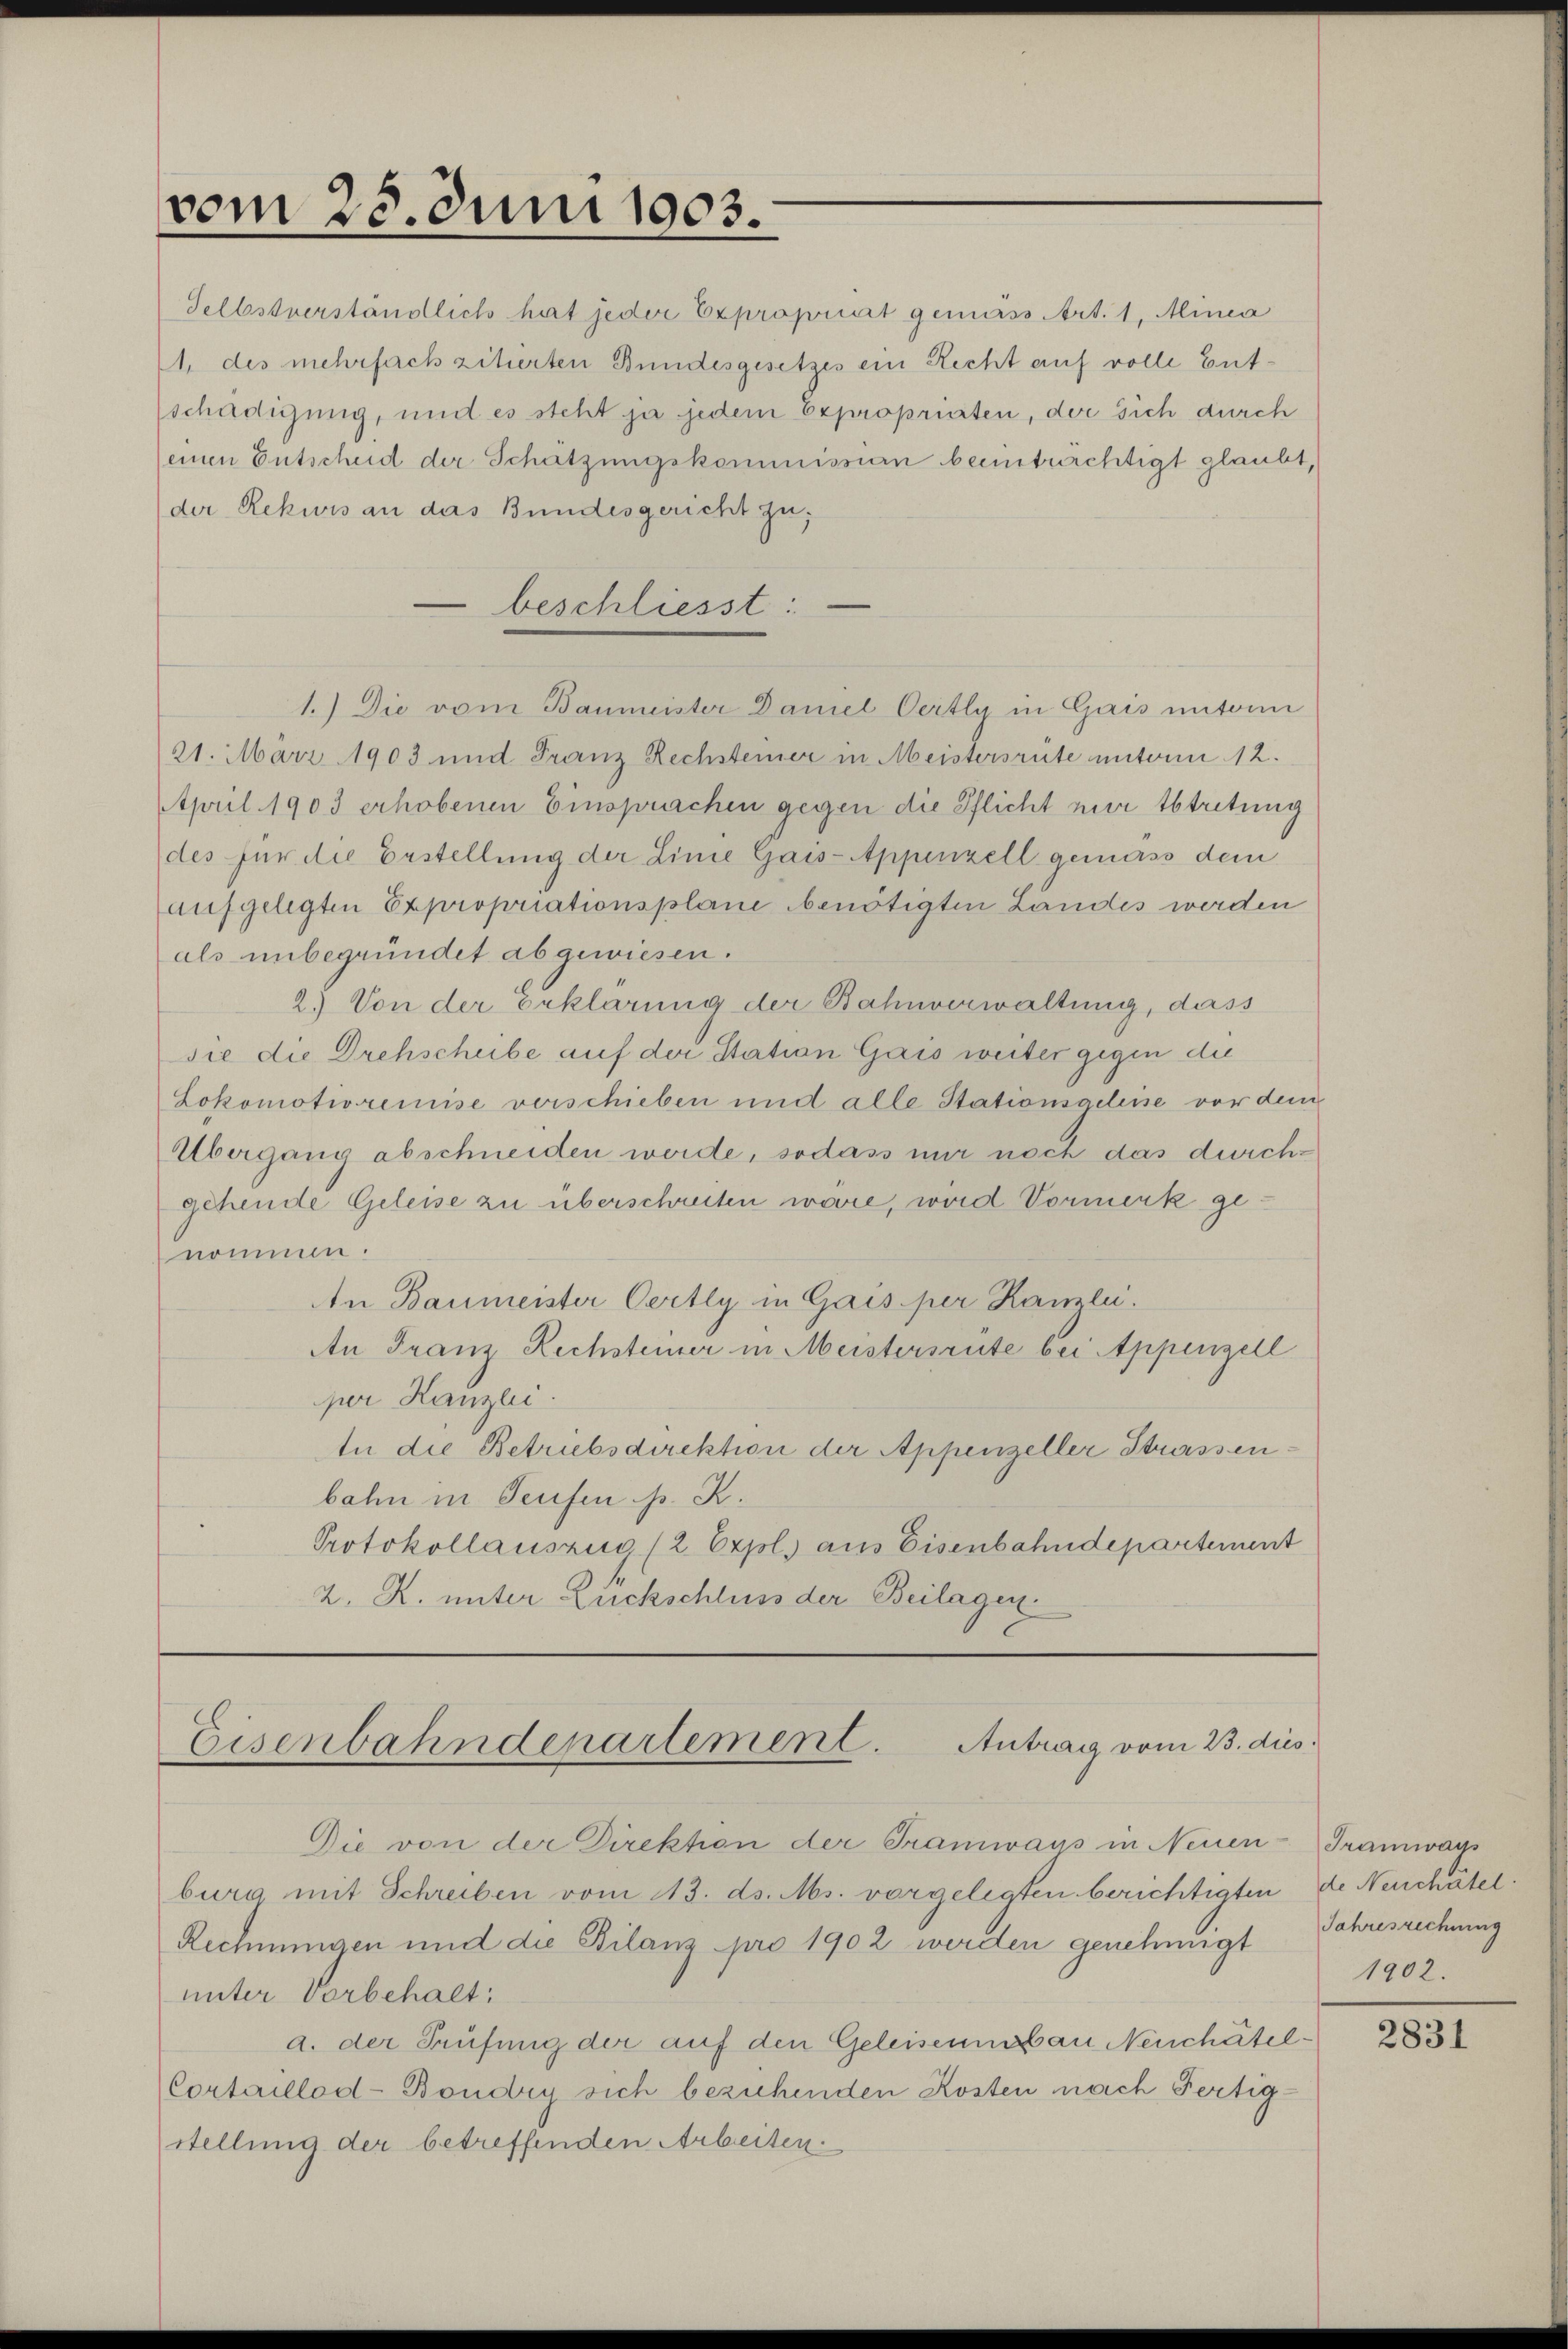
vom 23. Juni 1903.

Selbstverständlich hat jeder Expropriat gemäss Art. 1, Minia
1, des mehrfach zitierten Bundesgesetzes ein Recht auf volle Entschädigung, und es steht ja jedem Expropriaten, der sich durch
(einen Entscheid der Schätzungskommission beeinträchtigt glaubt,
(der Rekwis an das Bundesgericht zu;
beschliesst:
1.) Die vom Baumeister Daniel Oertly in Gais unterm
21. März 1903 und Franz Rechsteiner in Meistersrüte unterm 12.
April 1903 erhobenen Einsprachen gegen die Pflicht nur Abtretung
des für die Erstellung der Linie Gais-Appenzell gemäss dem
aufgelegten Expropriationsplane benötigten Landes werden
als unbegründet abgewiesen.
2.) Von der Erklärung der Bahnverwaltung, dass
sie die Drehscheibe auf der Station Gais weiter gegen die
Lokomotioremise verschieben und alle Stationsgeleise vor dem
Übergang abschneiden werde, sodass mir noch das durchgehende Geleise zu überschreiten wäre, wird Vormerk genommen.
An Baumeister Oertly in Gais per Kanzli.
An Franz Rechsteiner in Meistersrüte bei Appenzell
per Kanzei
In die Betriebsdirektion der Appenzeller Strassenbahn in Teufen s. R.
Protokollauszug (2. Expl. aus Eisenbahndepartement
2. R. unter Zuckschluss der Beilagen.

Eisenbahndenartement. Antrag vom 23. dies

Die von der Direktion der Tramways in Neuen-Tramways
burg mit Schreiben vom 13. ds. Ms. vorgelegten berichtigten de Neuchätel
Rechnungen und die Bilanz pro 1902 werden genehmigt
unter Vorbehalt:
a. der Prüfung der auf den Geleiseumssau Neuchâtel¬
Cortaillod-Bondig sich beziehenden Kosten nach Fertigstellung der betreffenden Arbeiten.

Jahresrechnung
1202.

2831